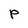
Character: p